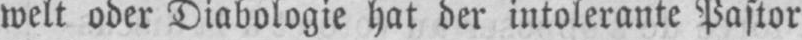
welt oder Diabologie hat der intolerante Pastor